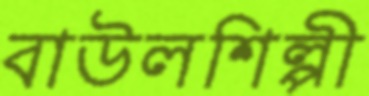
বাউলশিল্পী